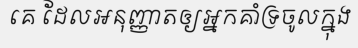
គេ ដែលអនុញ្ញាតឲ្យអ្នកគាំទ្រចូលក្នុង